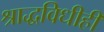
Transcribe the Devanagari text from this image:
श्राद्धविधीही